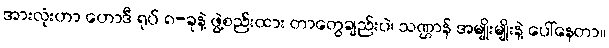
အားလုံးဟာ ဟောဒီ ရုပ် ၈-ခုနဲ့ ဖွဲ့စည်းထား တာတွေချည်းပဲ၊ သဏ္ဌာန် အမျိုးမျိုးနဲ့ ပေါ်နေတာ။